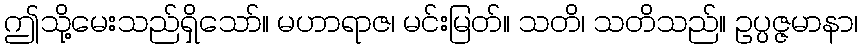
ဤသို့မေးသည်ရှိသော်။ မဟာရာဇ၊ မင်းမြတ်။ သတိ၊ သတိသည်။ ဥပ္ပဇ္ဇမာနာ၊